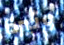
وتيرة